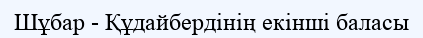
Шұбар - Құдайбердінің екінші баласы